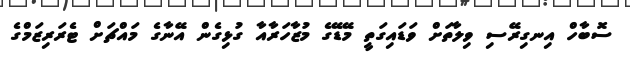
ސޮބާހް އިނގިރޭސި ވިލާތަށް ވަޑައިގަތީ މޭޑޭގެ މުޒާހަރާއާ ގުޅިގެން އޭނާގެ މައްޗަށް ޓެރަރިޒަމްގެ